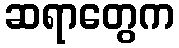
ဆရာတွေက